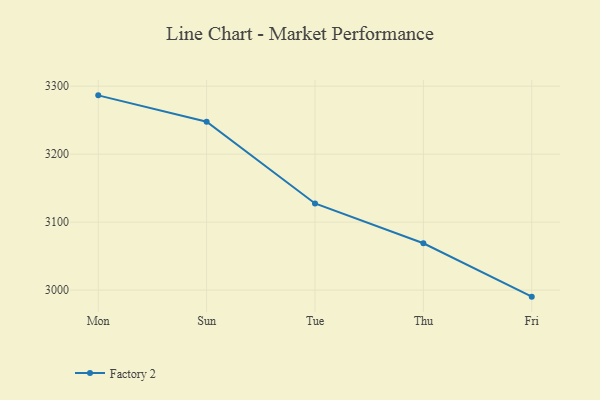
{"axis": {"x": "Day", "y": "Population (Million)"}, "legend": ["Factory 2"], "data": [{"x": "Mon", "y": 3286.5, "type": "Factory 2"}, {"x": "Sun", "y": 3247.7, "type": "Factory 2"}, {"x": "Tue", "y": 3127.5, "type": "Factory 2"}, {"x": "Thu", "y": 3068.9, "type": "Factory 2"}, {"x": "Fri", "y": 2990.4, "type": "Factory 2"}]}